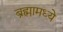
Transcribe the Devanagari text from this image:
ब्रह्मामध्ये